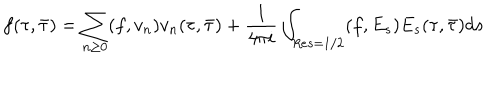
LaTeX: f ( \tau , \bar { \tau } ) = \sum _ { n \ge 0 } ( f , v _ { n } ) v _ { n } ( \tau , \bar { \tau } ) + \frac { 1 } { 4 \pi i } \int _ { R e s = 1 / 2 } ( f , E _ { s } ) E _ { s } ( \tau , \bar { \tau } ) d s